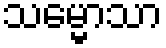
သမ္မောသာ